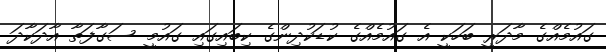
ގައުމެއްގެ މާދަރީ ބަހަކީ އެ ގައުމެއްގެ ކުޑަކުދިންގެ ކިބައިގައި ގައުމީ ސަގާފަތާ އާދަކާދަ